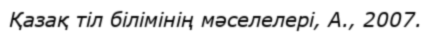
Қазақ тіл білімінің мәселелері, А., 2007.